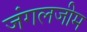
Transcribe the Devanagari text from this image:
जंगलजीम